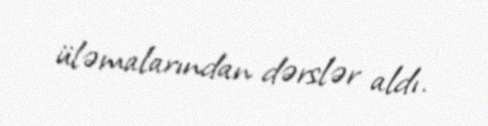
üləmalarından dərslər aldı.